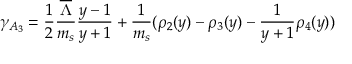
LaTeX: \gamma _ { A _ { 3 } } = { \frac { 1 } { 2 } } { \frac { \overline { { \Lambda } } } { m _ { s } } } { \frac { y - 1 } { y + 1 } } + { \frac { 1 } { m _ { s } } } ( \rho _ { 2 } ( y ) - \rho _ { 3 } ( y ) - { \frac { 1 } { y + 1 } } \rho _ { 4 } ( y ) )